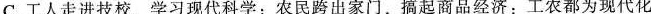
C.工人走进技校，学习现代科学；农民跨出家门，搞起商品经济：工农都为现代化